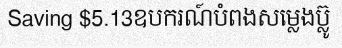
Saving $5.13ឧបករណ៍បំពងសម្លេងប្ល៊ូ